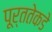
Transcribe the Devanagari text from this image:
पूर्ततेकडे